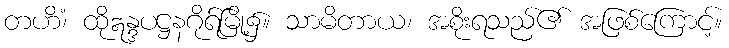
တဟိံ၊ ထိုဣန္ဒပဋ္ဌနဂိုရ်မြို့၌။ သာမိတာယ၊ အစိုးရသည်၏ အဖြစ်ကြောင့်။